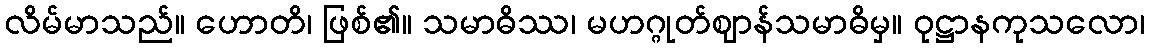
လိမ်မာသည်။ ဟောတိ၊ ဖြစ်၏။ သမာဓိဿ၊ မဟဂ္ဂုတ်ဈာန်သမာဓိမှ။ ဝုဋ္ဌာနကုသလော၊